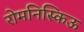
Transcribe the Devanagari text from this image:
रोमनिस्किऊ